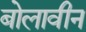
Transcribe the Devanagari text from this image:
बोलावीन